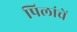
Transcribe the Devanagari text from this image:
पिलांचें